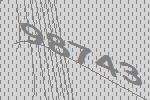
98743